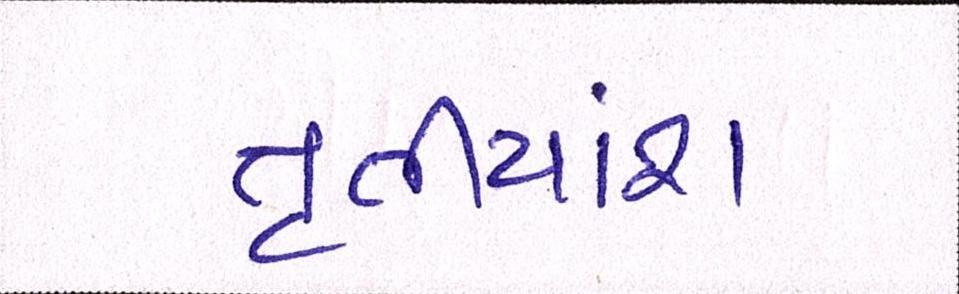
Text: તૃતીયાંશ